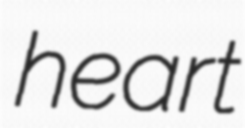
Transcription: heart